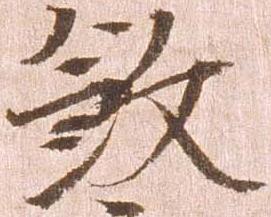
殺